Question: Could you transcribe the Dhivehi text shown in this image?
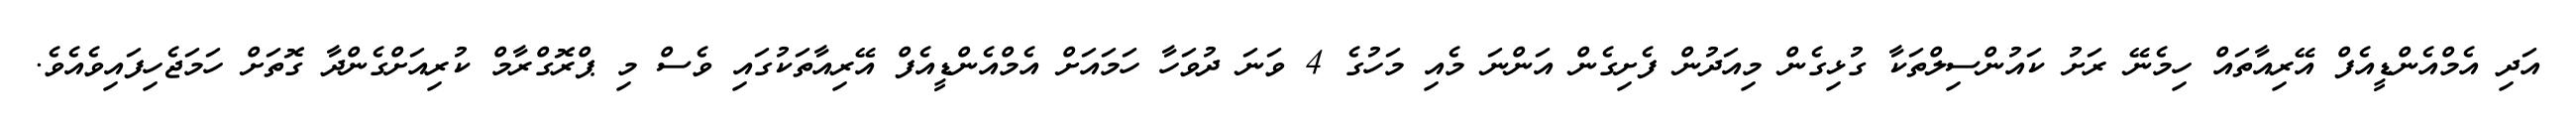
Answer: އަދި އެމްއެންޑީއެފް އޭރިއާތައް ހިމެނޭ ރަށު ކައުންސިލްތަކާ ގުޅިގެން މިއަދުން ފެށިގެން އަންނަ މެއި މަހުގެ 4 ވަނަ ދުވަހާ ހަމައަށް އެމްއެންޑީއެފް އޭރިއާތަކުގައި ވެސް މި ޕްރޮގްރާމް ކުރިއަށްގެންދާ ގޮތަށް ހަމަޖެހިފައިވެއެވެ.